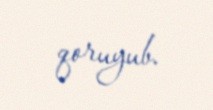
qoruyub.